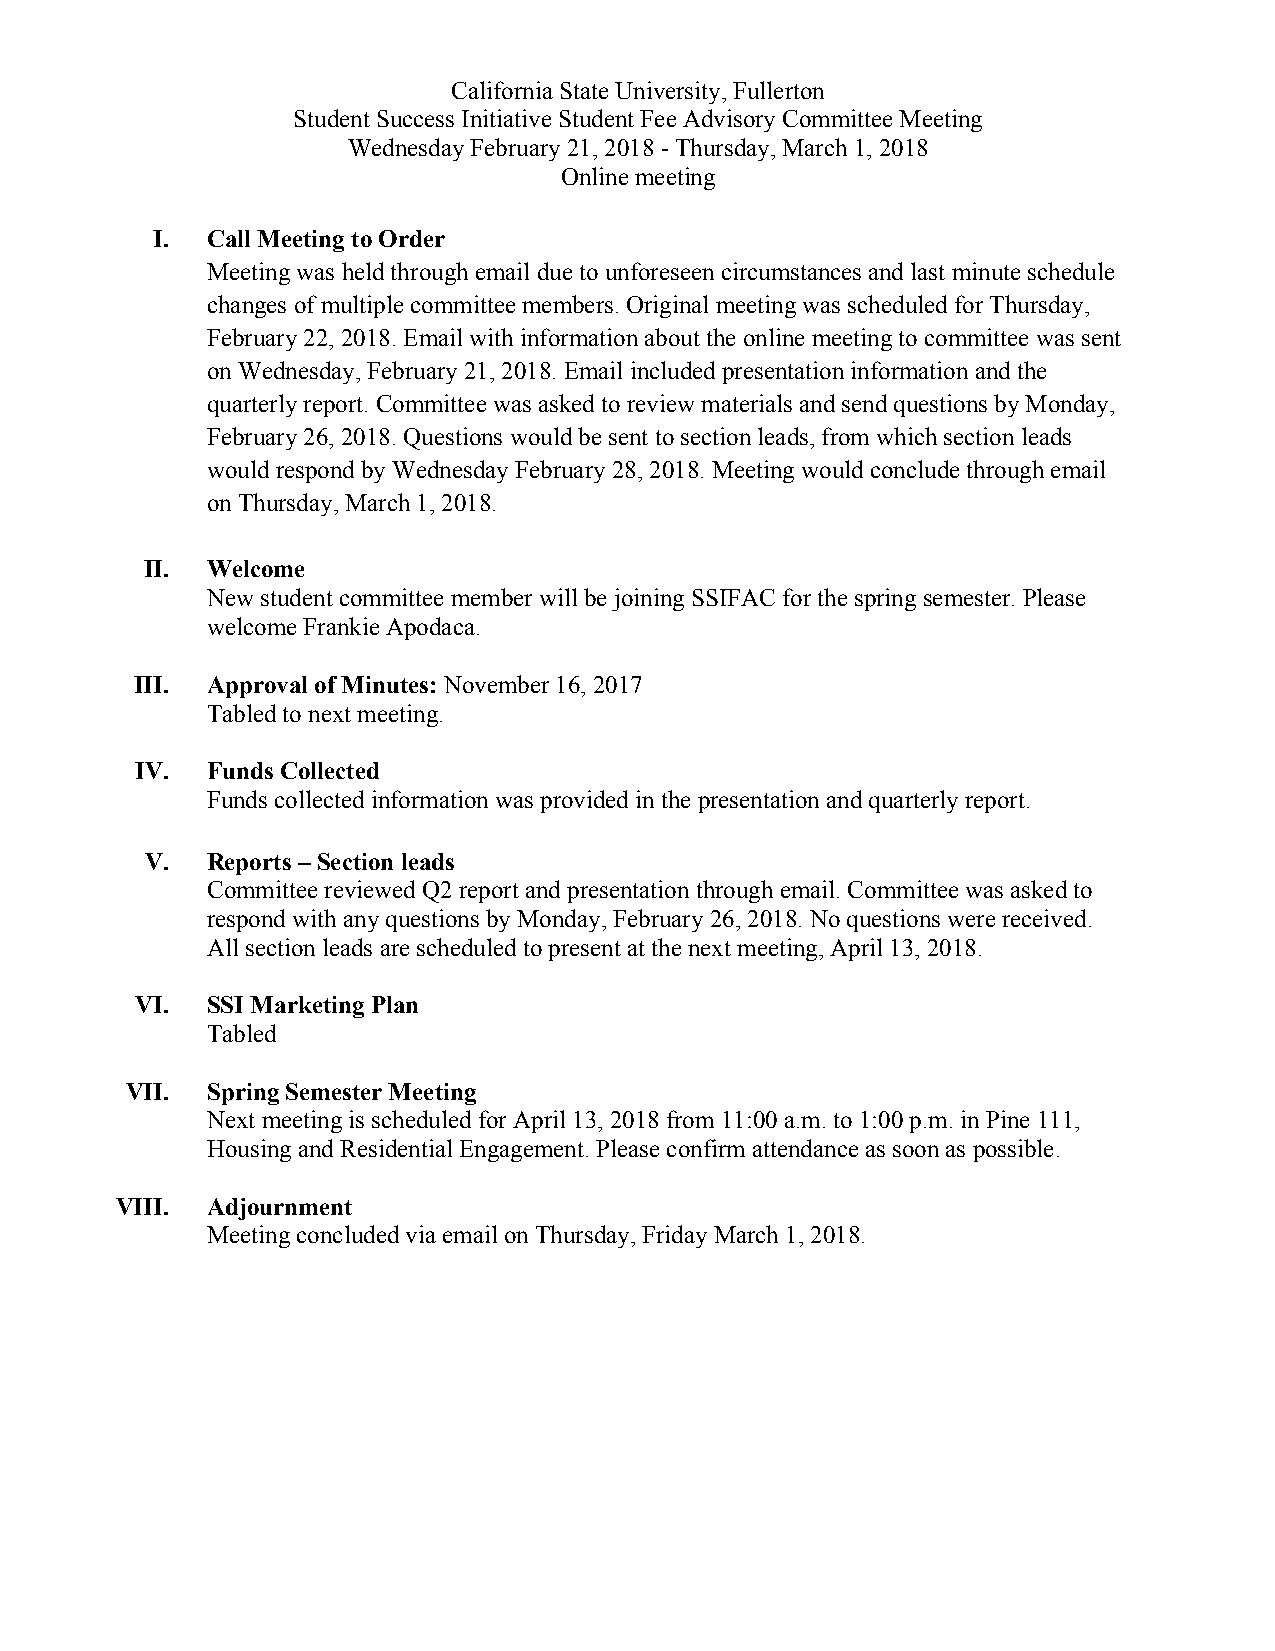
California State University, Fullerton
 Student Success Initiative Student Fee Advisory Committee Meeting
 Wednesday February 21, 2018 - Thursday, March 1, 2018
 Online meeting
 I.  Call Meeting to Order
 Meeting was held through email due to unforeseen circumstances and last minute schedule
 changes of multiple committee members. Original meeting was scheduled for Thursday,
 February 22, 2018. Email with information about the online meeting to committee was sent
 on Wednesday, February 21, 2018. Email included presentation information and the
 quarterly report. Committee was asked to review materials and send questions by Monday,
 February 26, 2018. Questions would be sent to section leads, from which section leads
 would respond by Wednesday February 28, 2018. Meeting would conclude through email
 on Thursday, March 1, 2018.
 II. Welcome
 New student committee member will be joining SSIFAC for the spring semester. Please
 welcome Frankie Apodaca.
 III. Approval of Minutes: November 16, 2017
 Tabled to next meeting.
 IV.  Funds Collected
 Funds collected information was provided in the presentation and quarterly report.
 V.  Reports – Section leads
 Committee reviewed Q2 report and presentation through email. Committee was asked to
 respond with any questions by Monday, February 26, 2018. No questions were received.
 All section leads are scheduled to present at the next meeting, April 13, 2018.
 VI.  SSI Marketing Plan
 Tabled
 VII.  Spring Semester Meeting
 Next meeting is scheduled for April 13, 2018 from 11:00 a.m. to 1:00 p.m. in Pine 111,
 Housing and Residential Engagement. Please confirm attendance as soon as possible.
 VIII. Adjournment
 Meeting concluded via email on Thursday, Friday March 1, 2018.